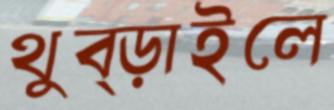
থুব্‌ড়াইলে